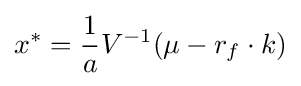
x^{*}={\frac {1}{a}}V^{-1}(\mu -r_{f}\cdot k)